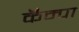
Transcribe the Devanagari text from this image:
कॅम्पा